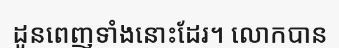
ដូនពេញទាំងនោះដែរ។ លោកបាន